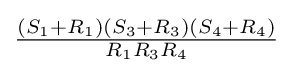
{\tfrac {(S_{1}+R_{1})(S_{3}+R_{3})(S_{4}+R_{4})}{R_{1}R_{3}R_{4}}}